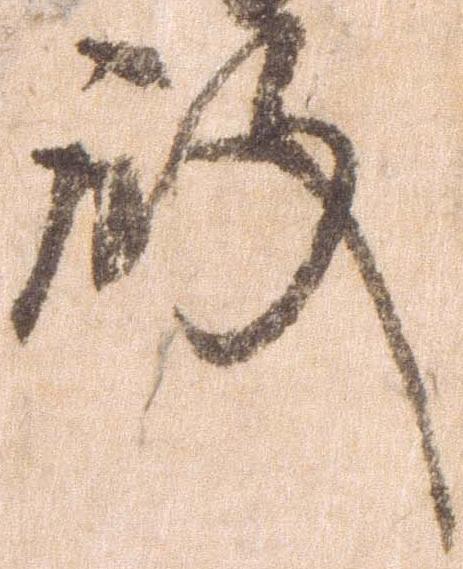
殿